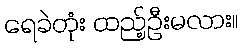
ရေခဲတုံး ထည့်ဦးမလား။